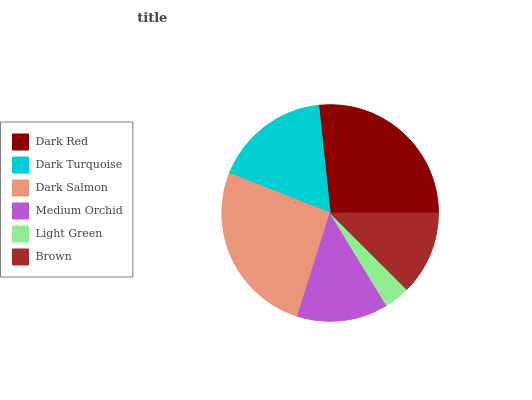
| Dark Red | Dark Turquoise | Dark Salmon | Medium Orchid | Light Green | Brown |
 | --- | --- | --- | --- | --- | --- |
 | 26.7% | 17.3% | 26.1% | 13.6% | 3.8% | 12.5% |